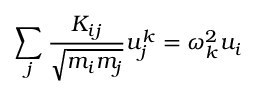
\sum _ { j } \frac { K _ { i j } } { \sqrt { m _ { i } m _ { j } } } u _ { j } ^ { k } = \omega _ { k } ^ { 2 } u _ { i }